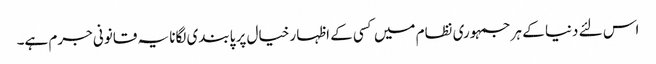
اس لئے دنیا کے ہر جمہوری نظام میں کسی کے اظہار خیال پر پابندی لگانا یہ قانونی جرم ہے۔